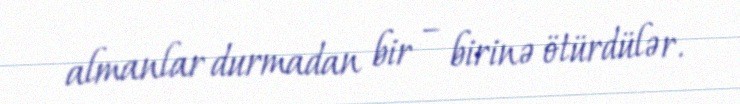
almanlar durmadan bir – birinə ötürdülər.